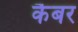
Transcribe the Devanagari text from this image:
कैबर